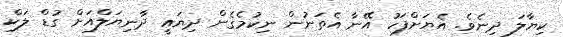
ކިޔާލަ ދިނެވެ. އެޔަށްފަހު އޭނާ އެތަނުން ނިކުމެގެން ދިޔައީ ދާނިޔަލްއަށް ގުޑް ލަކް